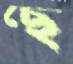
ছে